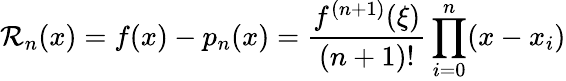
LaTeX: \mathcal{R}_{n}(x)=f(x)-p_{n}(x)={\frac{{f^{(n+1)}(\xi)}}{{(n+1)!}}}\prod_{i=0}^{n}(x-x_{i})